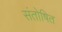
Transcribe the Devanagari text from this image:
संतोषित